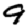
Digit: 9